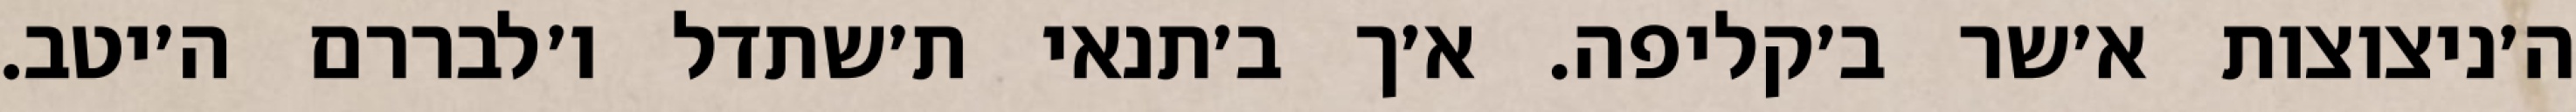
ה׳ניצוצות א׳שר ב׳קליפה. א׳ך ב׳תנאי ת׳שתדל ו׳לבררם ה׳יטב.